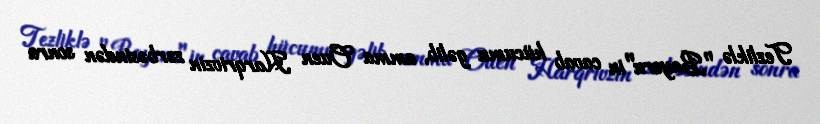
Tezliklə "Bayern"in cavab hücumu gəlib, amma Ouen Harqrivzin zərbəsindən sonra